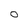
Character: o